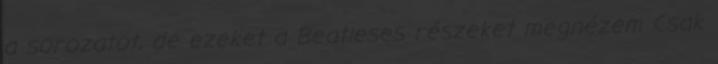
a sorozatot, de ezeket a Beatleses részeket megnézem Csak